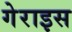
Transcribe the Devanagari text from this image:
गेराइस